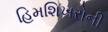
હિમશિખરોની